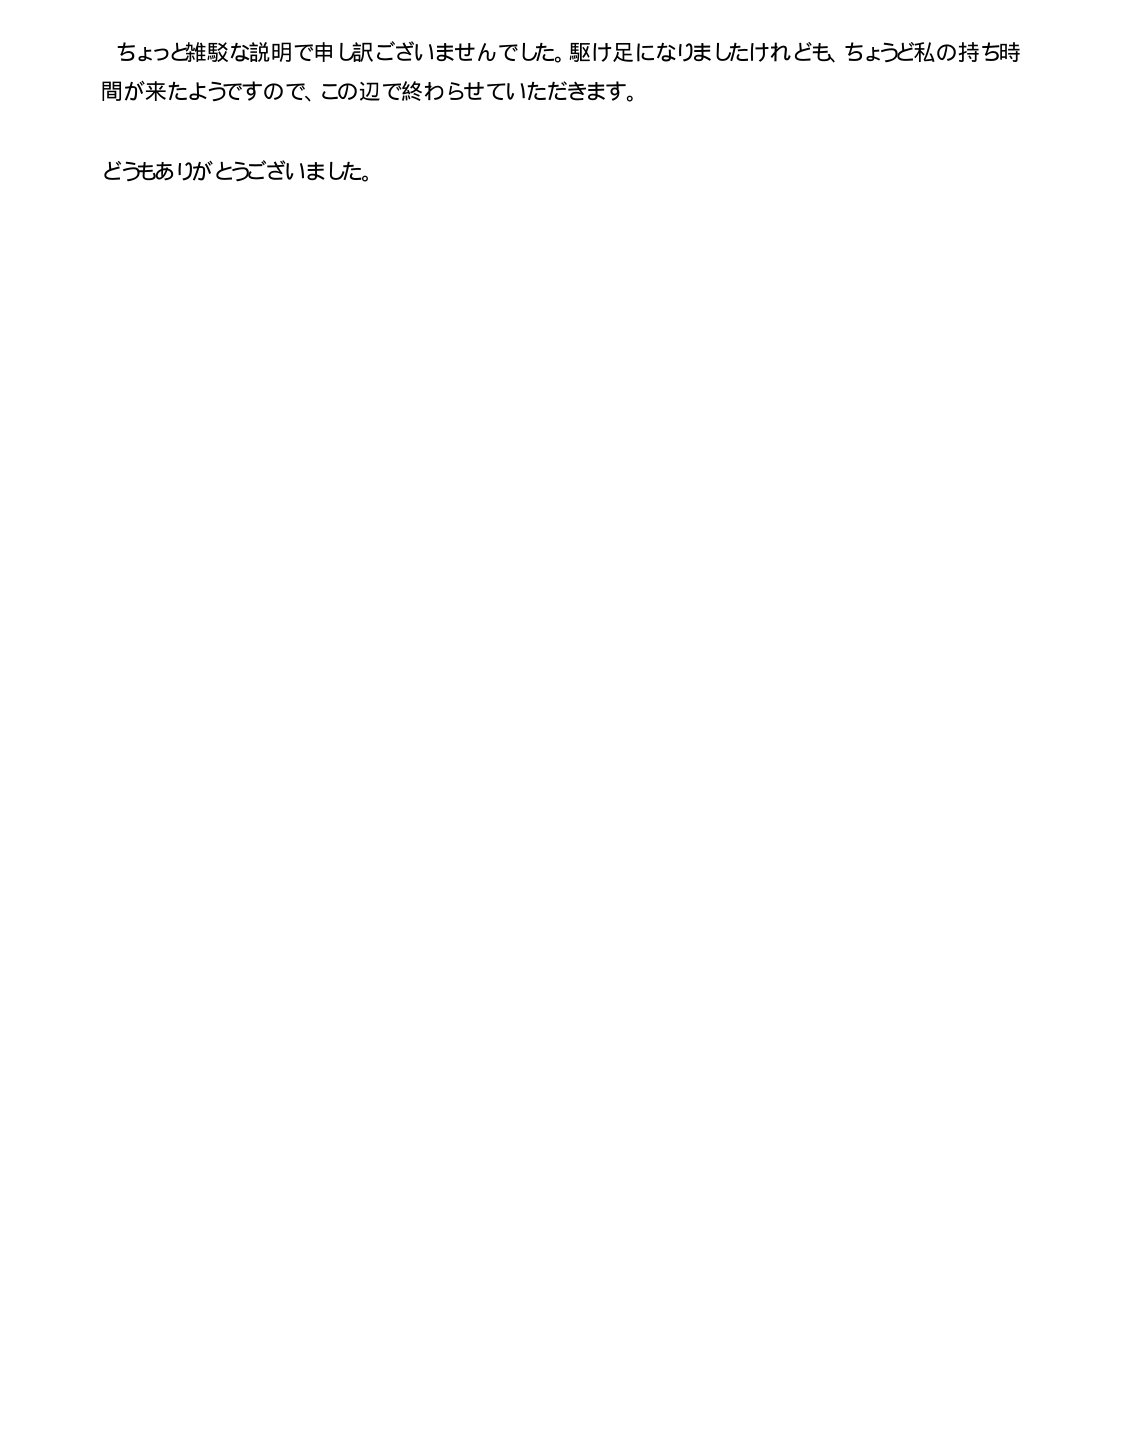
ちょっと雑駁な説明で申し訳ございませんでした。駆け足になりましたけれども、ちょうど私の持ち時間が来たようですので、この辺で終わらせていただきます。

どうもありがとうございました。